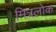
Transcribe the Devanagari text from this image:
मित्रलोक